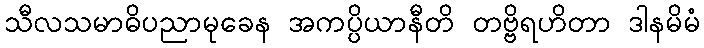
သီလသမာဓိပညာမုခေန အကပ္ပိယာနီတိ တဗ္ဗိရဟိတာ ဒါနမိမံ